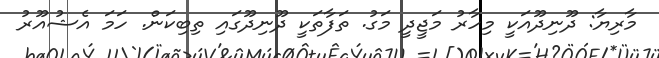
މާރިޔާ: ދޫނިދޫއަކީ މިހާރު މަޖީދީ މަގު. ތަފާތަކީ ދޫނިދޫގައި ތިބިކަން. ހަމަ އެޝުއޫރު